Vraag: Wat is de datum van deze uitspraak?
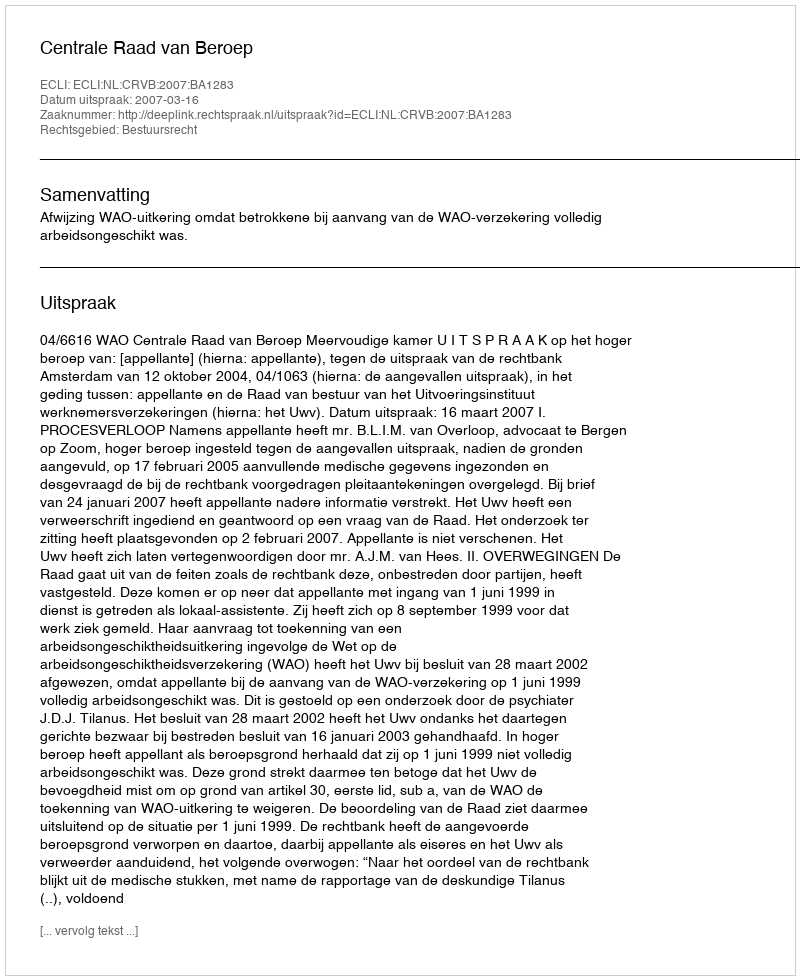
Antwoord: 2007-03-16